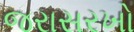
જરાસરખો